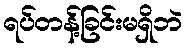
ရပ်တန့်ခြင်းမရှိဘဲ